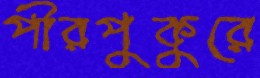
পীরপুকুরে